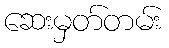
ဆေးမှတ်တမ်း